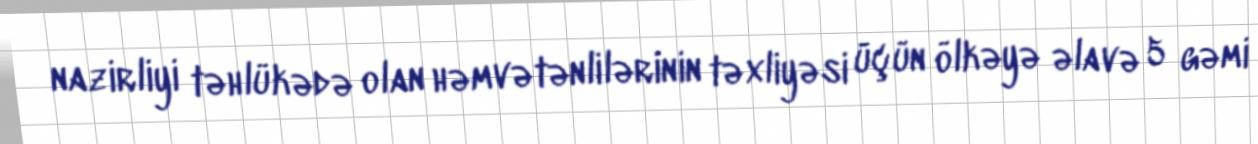
nazirliyi təhlükədə olan həmvətənlilərinin təxliyəsi üçün ölkəyə əlavə 5 gəmi